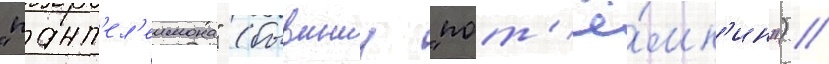
"пант'ел'еимона" (бывшии "пот'ё́мк'ин") /